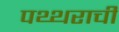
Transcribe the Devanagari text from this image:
पथ्थराची